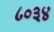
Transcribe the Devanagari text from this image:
८०३४